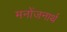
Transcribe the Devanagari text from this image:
मनोंजनार्थ